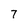
Character: 7